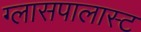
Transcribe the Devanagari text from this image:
ग्लासपालास्ट